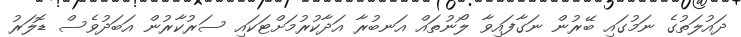
ދައުލަތުގެ ނަމުގައި ބޭރުން ނަގާފައިވާ ލޯނުތައް އަނބުރާ އަދާކުރުމަށްޓަކައި ސަރުކާރުން އަބަދުވެސް ޑޮލަރު